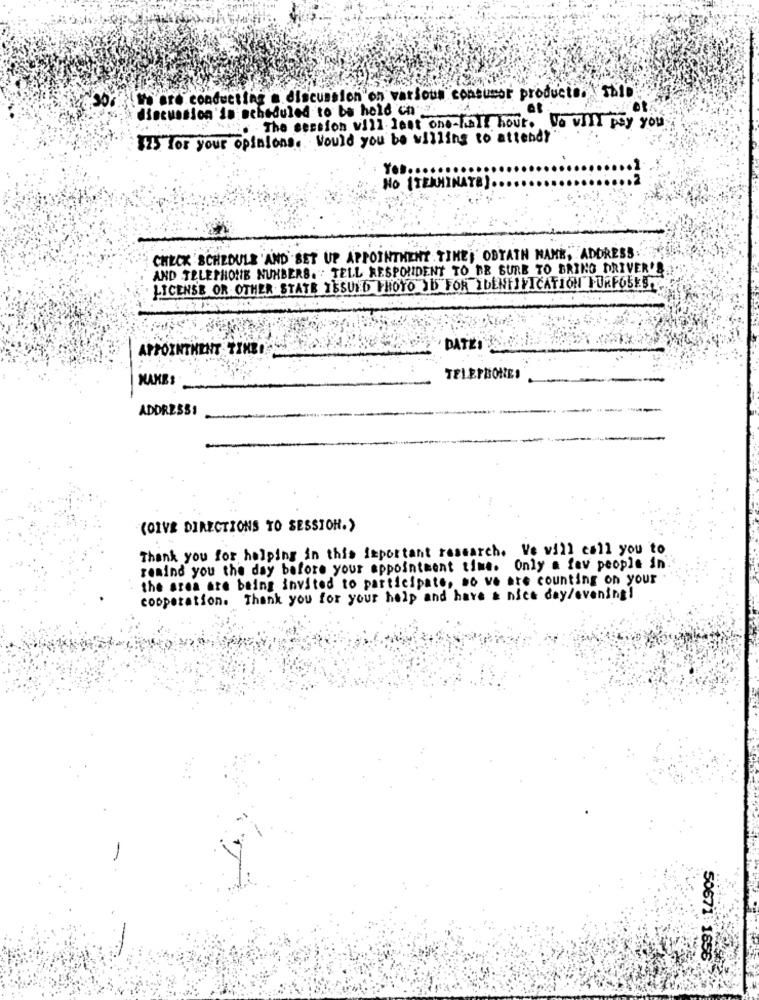
We are conducting a discussion on various consumor producto. "SAID
discussion is scheduled to be hold ch 2.
. The session will last one-half hour. We will pay you
175 for your opinions. Would you be willing to attend?"
YOb.
No ITEAM
CHECK SCHEDULE AND SET UP APPOINTMENT TIME| OBTAIN NAME, ADDRESS:
AND TELEPHONE NUMBERS. : TELL RESPONDENT TO BE SURE TO BRING DRIVER'S
LICENSE OR OTHER. STATE ISSUED PHOTO ID FOR IDENTIFICATION FURFOSES,
APPOINTMENT TIME
'DATEI SE:1.
TELEPBONES
ADDRESS1
(OIVE DIRECTIONS TO SESSION.)
Thank you for helping in this important research. We will call you to
remind you the day before your appointment time. Only a few people in'
the area are being invited to participate, so we are counting on your
cooperation. Thank you for your help and have a nice day/evening
50671 1856